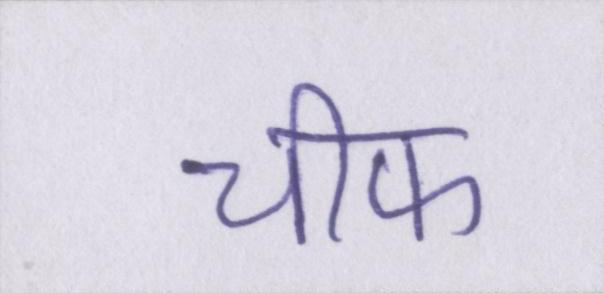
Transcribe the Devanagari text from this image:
चीफ